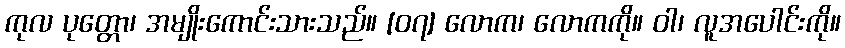
ကုလ ပုတ္တော၊ အမျိုးကောင်းသားသည်။ [၀၇] လောက၊ လောကကို။ ဝါ၊ လူအပေါင်းကို။